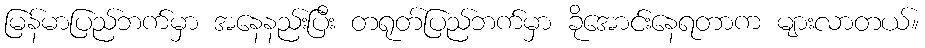
မြန်မာပြည်ဘက်မှာ အနေနည်းပြီး တရုတ်ပြည်ဘက်မှာ ခိုအောင်းနေရတာက များလာတယ်။